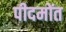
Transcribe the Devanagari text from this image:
पीदमोंत